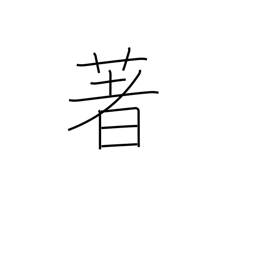
Meaning: renowned